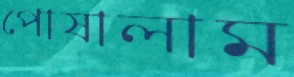
পোষালাম